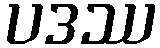
ပဒဿ